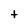
Character: t